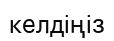
келдіңіз